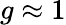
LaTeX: g\approx 1